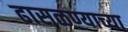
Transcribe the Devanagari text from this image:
ढासळण्याच्या